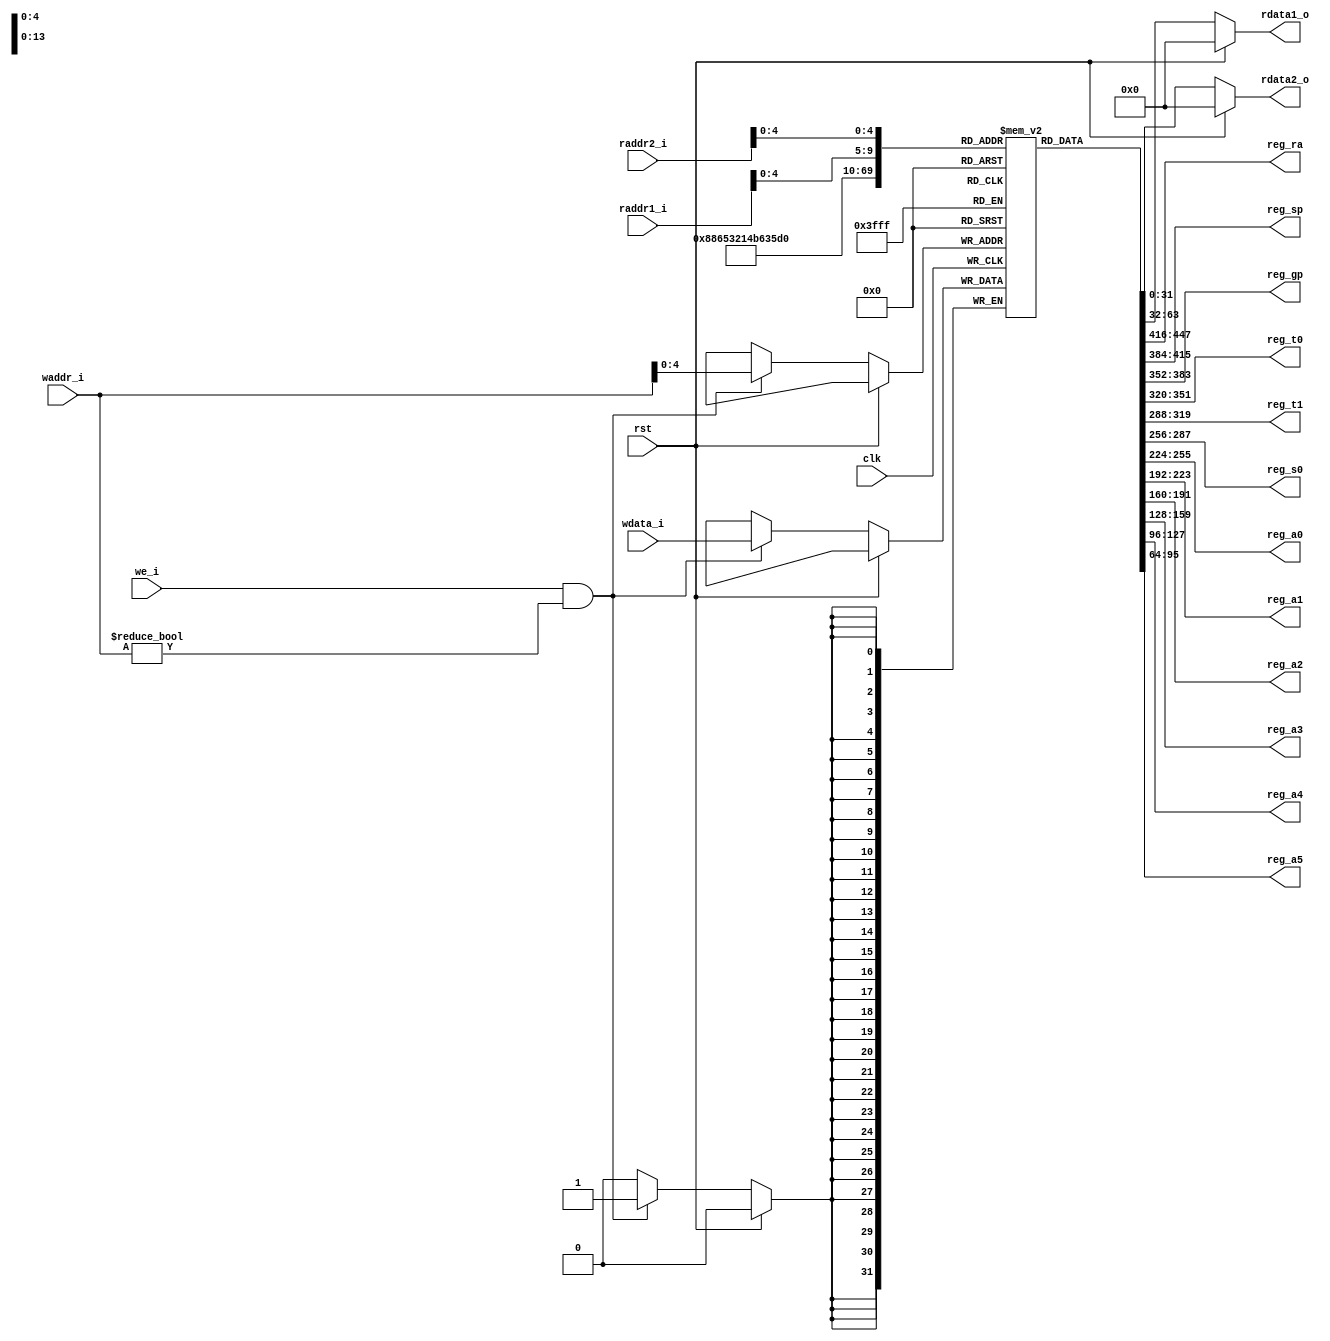
module regs(
    input wire clk,
    input wire rst,
    
    input wire we_i,
    input wire[31:0] waddr_i,
    input wire[31:0] wdata_i,
    input wire[31:0] raddr1_i,
    input wire[31:0] raddr2_i,
    
   
    output reg[31:0] rdata1_o,
    output reg[31:0] rdata2_o,    
    
    output wire[31:0] reg_ra,
    output wire[31:0] reg_sp,
    output wire[31:0] reg_gp,
    output wire[31:0] reg_t0,
    output wire[31:0] reg_t1,
    output wire[31:0] reg_s0,
    output wire[31:0] reg_a0,
    output wire[31:0] reg_a1,
    output wire[31:0] reg_a2,
    output wire[31:0] reg_a3,
    output wire[31:0] reg_a4,
    output wire[31:0] reg_a5
); 
    
    reg[31:0] regs[0:31];
    assign reg_ra = regs[1];
    assign reg_sp = regs[2];
    assign reg_gp = regs[3];
    assign reg_t0 = regs[5];
    assign reg_t1 = regs[6];
    assign reg_s0 = regs[8];
    assign reg_a0 = regs[10];
    assign reg_a1 = regs[11];
    assign reg_a2 = regs[12];
    assign reg_a3 = regs[13];
    assign reg_a4 = regs[14];
    assign reg_a5 = regs[15];
    
    integer i;
    initial begin
        for(i=0;i<32;i=i+1)begin
            regs[i] = 0;
        end
        regs[2] = 32'h10000;
        regs[3] = 32'h13418;
    end
    
    always @ (posedge clk)begin
        if(!rst)begin
           //$display("result_reg",regs[3]);
           if(we_i && waddr_i != 0 )begin 
                regs[waddr_i] <= wdata_i;
           end
        end
    end
    
    //read register1
    always @ (*)begin
     
        if(rst)begin
            rdata1_o = 0;
        
        end else begin
            rdata1_o = regs[raddr1_i];
        end
     end
     
         //read register2
    always @ (*)begin
        if(rst)begin
            rdata2_o = 0;
      
        end else begin
            rdata2_o = regs[raddr2_i];
        end
     end
endmodule